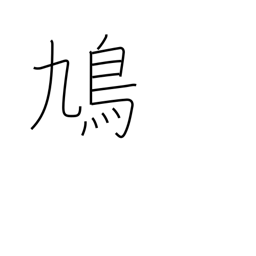
Meaning: dove